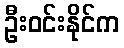
ဦးဝင်းနိုင်က